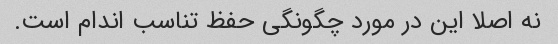
نه اصلا این در مورد چگونگی حفظ تناسب اندام است.